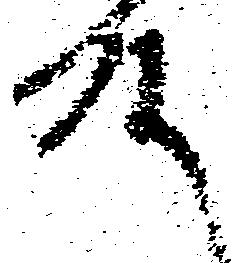
殿